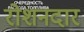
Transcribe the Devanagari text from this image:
रोशनदार